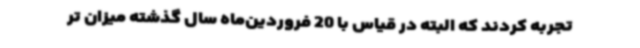
تجربه کردند که البته در قیاس با 20 فروردین‌ماه سال گذشته میزان تر